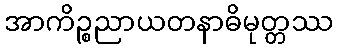
အာကိဉ္စညာယတနာဓိမုတ္တဿ